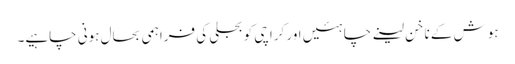
ہوش کے ناخن لینے چاہئیں اور کراچی کو بجلی کی فراہمی بحال ہونی چاہیے۔